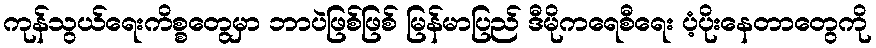
ကုန်သွယ်ရေးကိစ္စတွေမှာ ဘာပဲဖြစ်ဖြစ် မြန်မာပြည် ဒီမိုကရေစီရေး ပံ့ပိုးနေတာတွေကို